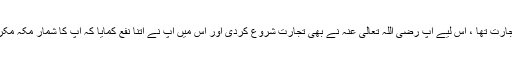
پورے عرب میں زیادہ تر معاش کا ذریعہ تجارت تھا ، اس لیے آپ رَضِیَ اللّٰہُ تَعَالٰی عَنْہ نے بھی تجارت شروع کردی اور اس میں آپ نے اتنا نفع کمایا کہ آپ کا شمار مکۂ مکرمہ کے اغنیاء یعنی مالداروں میں ہونے لگا۔